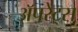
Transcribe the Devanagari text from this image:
अॅपरेट्स